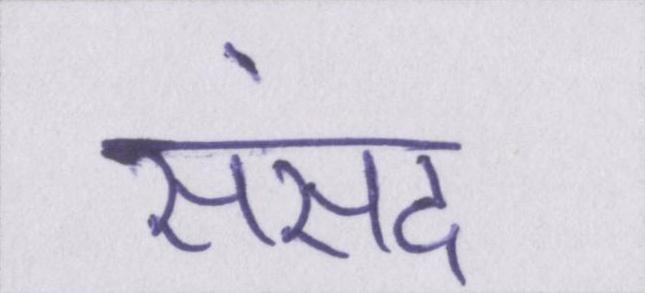
संसद